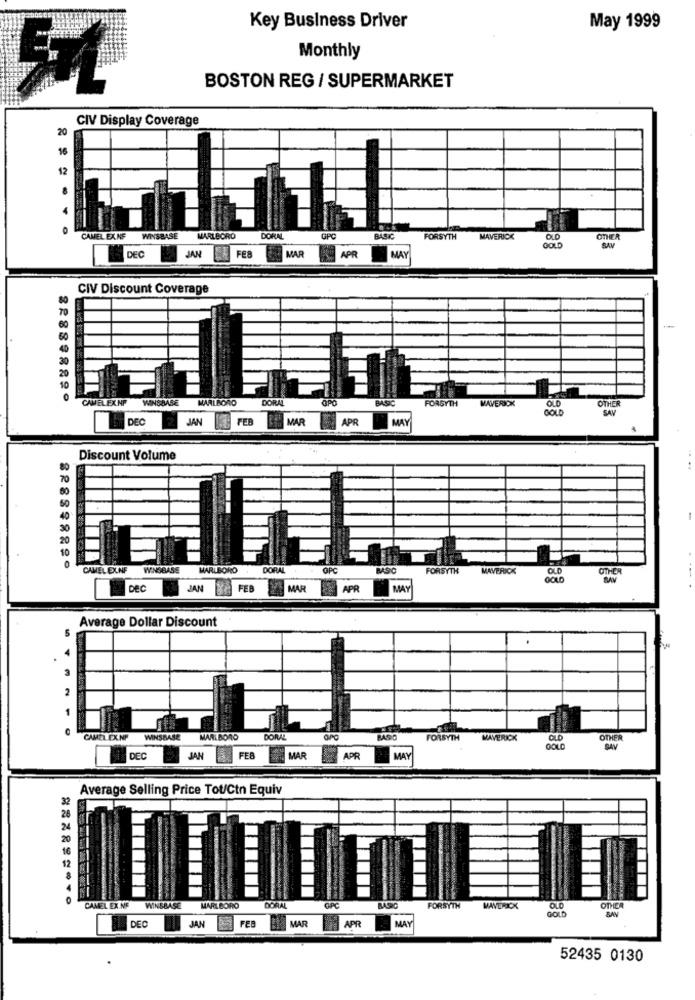
Key Business Driver
May 1999
Monthly
BOSTON REG / SUPERMARKET
CIV Display Coverage
20
16
12
CAMEL EX NF
WINSBASE
MARLBORO
DORAL
OPC
FORSYTH
MAVERICK
OLD
OTHER
BAY
DEC
JAN
FEB
APR
MAY
MAR
CIV Discount Coverage
CAMELEXNP
WINSBASE
MARLBORO
DORAL
BASIC
FORSYTH
MAVERICK
OLD
OTHER
GOLD
SAV
DEC
JAN
FEB
MAR
APR
MAY
Discount Volume
CAMEL EXNF
WINGBASE
MARLBORO
DORAL
OPC
FORSYTH
MAVERICK
OLD
OTHER
DEC
JAN
FEB
MAR
APR
MAY
Average Dollar Discount
3
CAMEL EXNP
WINSBASE
MARLBORO
DORAL
MASO
FORSYTH
MAVERICK
OTHER
SAV
DEC
JAN
FEB
MAR
APR
MAY
Average Selling Price Tot/Ctn Equiv
CAMEL EX NE
WINSBASE
MARLBORO
DORAL
FORSYTH
GOLD
OTHER
BAN
FEB
APR
MAY
DEC
JAN
MAR
52435 0130